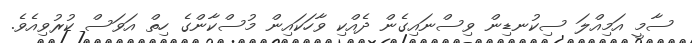
ސާމީ އަމިއްލަ ސިކުނޑިން ވިސްނައިގެން ދެއްކި ވާހަކައިން މުސްކާންގެ ހިތް އަވަސް ކުރުވިއެވެ.